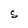
Character: S